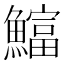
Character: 𫙻